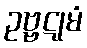
ဥဗ္ဗဋုမံ